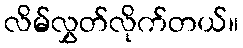
လိမ်လွှတ်လိုက်တယ်။